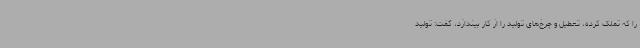
را که تملک کرده، تعطیل و چرخ‌های تولید را از کار بیندازد، گفت: تولید